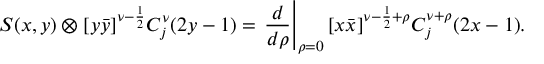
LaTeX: S ( x , y ) \otimes [ y \bar { y } ] ^ { \nu - \frac { 1 } { 2 } } C _ { j } ^ { \nu } ( 2 y - 1 ) = \left. \frac { d } { d \rho } \right| _ { \rho = 0 } [ x \bar { x } ] ^ { \nu - \frac { 1 } { 2 } + \rho } C _ { j } ^ { \nu + \rho } ( 2 x - 1 ) .